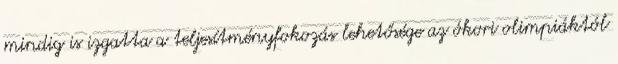
mindig is izgatta a teljesítményfokozás lehetősége az ókori olimpiáktól